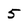
Character: 5